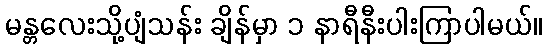
မန္တလေးသို့ပျံသန်း ချိန်မှာ ၁ နာရီနီးပါးကြာပါမယ်။